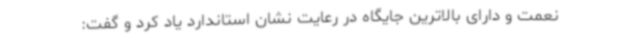
نعمت و دارای بالاترین جایگاه در رعایت نشان استاندارد یاد کرد و گفت: